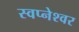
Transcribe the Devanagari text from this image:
स्वप्नेश्वर